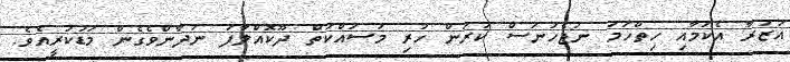
އަޒުރާ އެކަމާއި ހިތްހަމަ ނުޖެހުނަސް ކުރަން ހުރި މަސައްކަތް ދޫކޮއްލާފަ ނުދާންވެގެން މަޑުކުރީއެވެ.